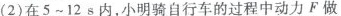
(2)在5~12s内，小明骑自行车的过程中动力F做